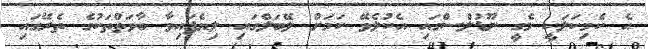
އެ ކެމިކަލަކީ މެގީ ނޫޑުލްސްގައި އެކުލެވޭ ކަމަށް ލޭބަލްގައި ލިޔެފައިވާ ބާވަތްތަކުގެ ތެރޭގައި